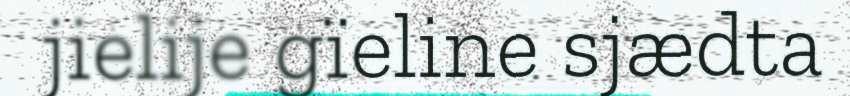
jielije gïeline sjædta